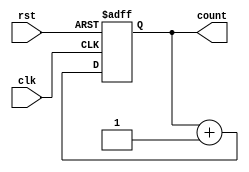
module simplecounter (clk, rst, count);
    input clk, rst;
    output [3:0]count;
    reg [3:0]count;

    always @(posedge clk or posedge rst)
    begin
        if (rst)
            count = 4'b0;
        else
            count = count + 4'b1;
    end

endmodule